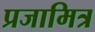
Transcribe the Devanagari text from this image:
प्रजामित्र